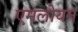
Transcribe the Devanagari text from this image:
एमलोयन